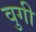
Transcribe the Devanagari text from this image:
वुगी